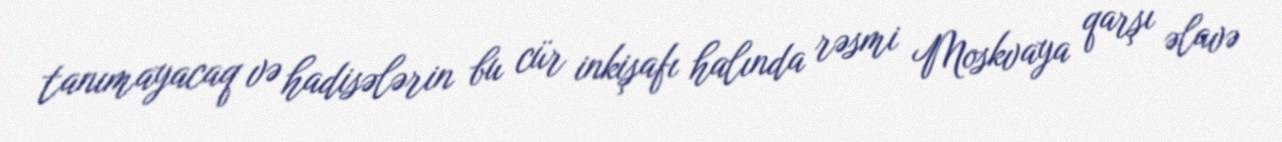
tanımayacaq və hadisələrin bu cür inkişafı halında rəsmi Moskvaya qarşı əlavə